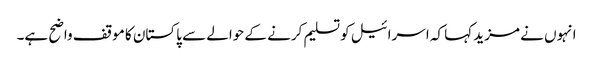
انہوں نے مزید کہا کہ اسرائیل کو تسلیم کرنے کے حوالے سے پاکستان کا موقف واضح ہے۔